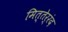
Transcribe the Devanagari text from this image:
मित्तेर्रंद